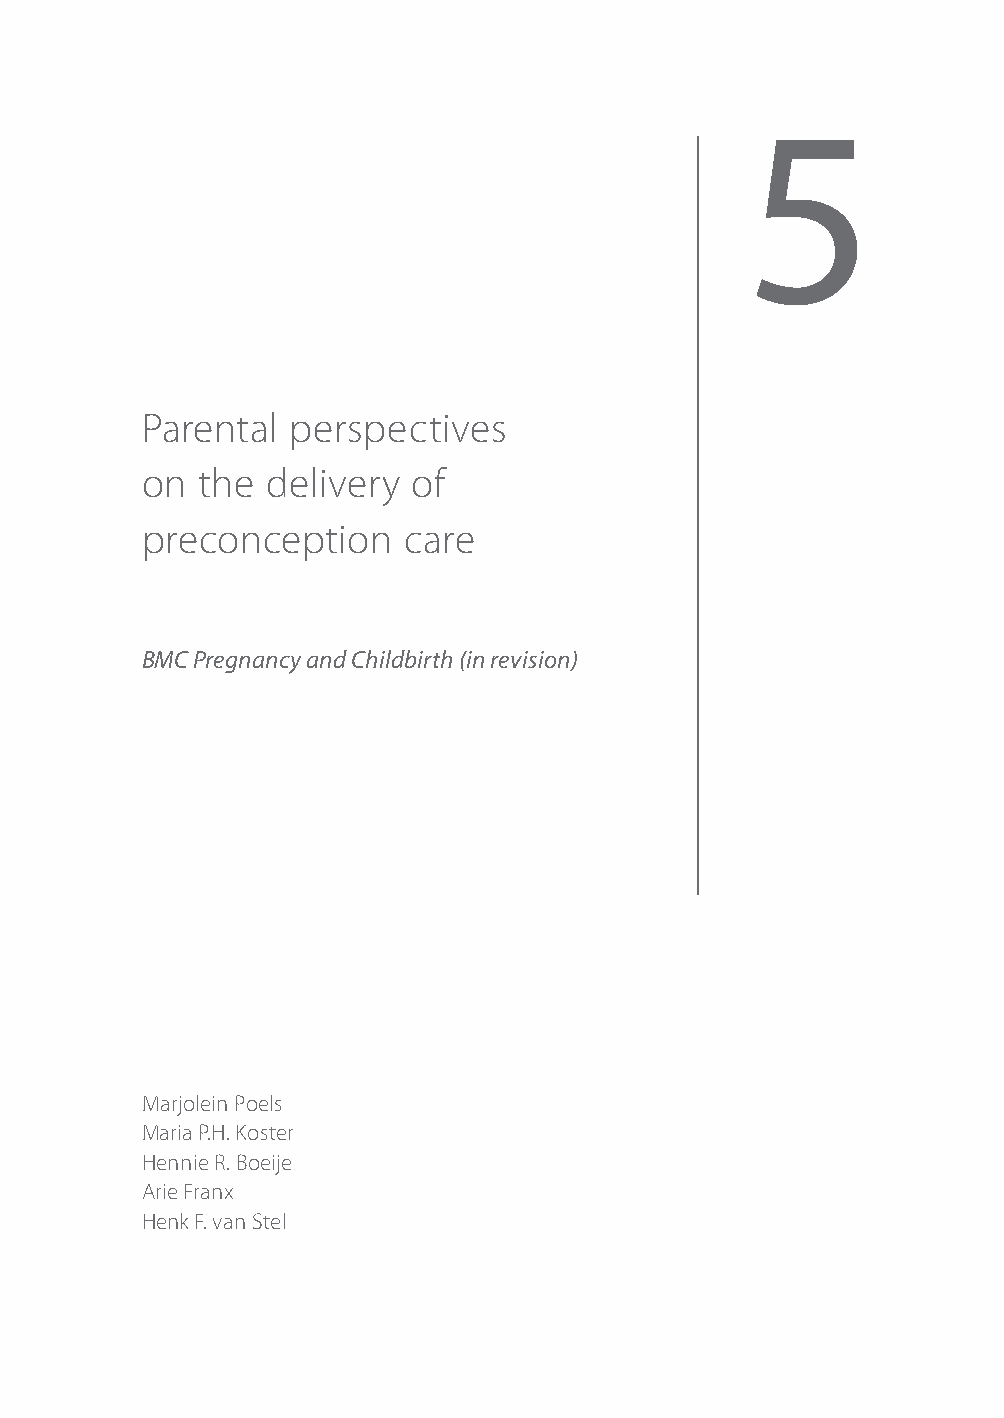
5
 Parental  perspectives
 on  the  delivery of
 preconception     care
 BMC Pregnancy and Childbirth (in revision)
 Marjolein Poels
 Maria P.H. Koster
 Hennie R. Boeije
 Arie Franx
 Henk F. van Stel